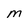
Character: M